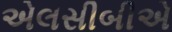
એલસીબીએ